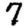
Digit: 7